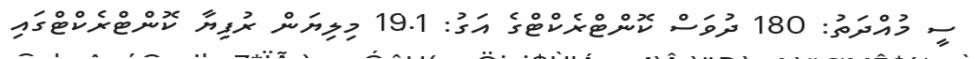
ސީ މުއްދަތު: 180 ދުވަސް ކޮންޓްރެކްޓްގެ އަގު: 19.1 މިލިޔަން ރުފިޔާ ކޮންޓްރެކްޓްގައި